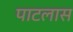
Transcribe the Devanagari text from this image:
पाटलास